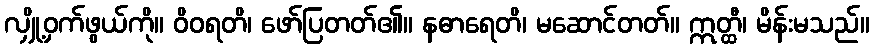
လျှို့ဝှက်ဖွယ်ကို။ ဝိဝရတိ၊ ဖော်ပြတတ်၏။ နဓာရေတိ၊ မဆောင်တတ်။ ဣတ္ထီ၊ မိန်းမသည်။